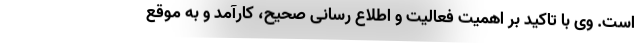
است. وی با تاکید بر اهمیت فعالیت و اطلاع رسانی صحیح، کارآمد و به موقع